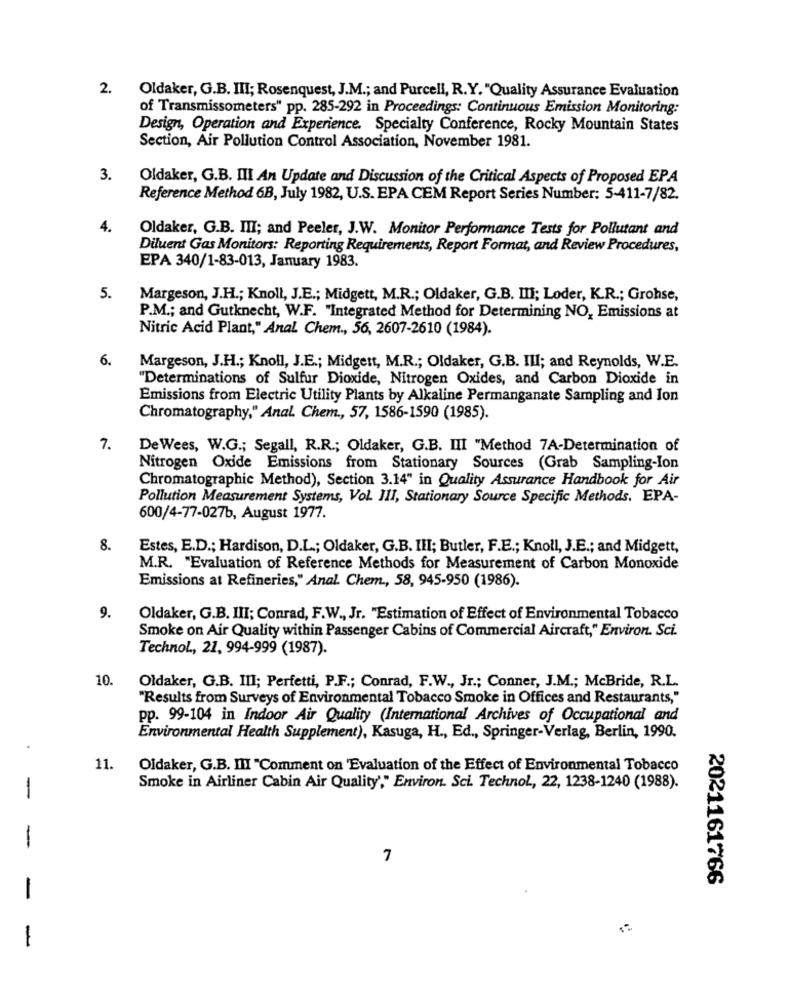
2.
Oldaker, G.B. III; Rosenquest, J.M .; and Purcell, R.Y. "Quality Assurance Evaluation
of Transmissometers" pp. 285-292 in Proceedings: Continuous Emission Monitoring:
Design, Operation and Experience. Specialty Conference, Rocky Mountain States
Section, Air Pollution Control Association, November 1981.
3.
Oldaker, G.B. III An Update and Discussion of the Critical Aspects of Proposed EPA
Reference Method 6B, July 1982, U.S. EPA CEM Report Series Number: 5-411-7/82.
4.
Oldaker, G.B. III; and Peeler, J.W. Monitor Performance Tests for Pollutant and
Diluent Gas Monitors: Reporting Requirements, Report Format, and Review Procedures,
EPA 340/1-83-013, January 1983.
5.
Margeson, J.H .; Knoll, J.E .; Midgett, M.R .; Oldaker, G.B. III; Loder, K.R .; Grohse,
P.M .; and Gutknecht, W.F. "Integrated Method for Determining NO, Emissions at
Nitric Acid Plant," Anal Chem ., 56, 2607-2610 (1984).
6.
Margeson, J.H .; Knoll, J.E .; Midgett, M.R .; Oldaker, G.B. Il; and Reynolds, W.E.
"Determinations of Sulfur Dioxide, Nitrogen Oxides, and Carbon Dioxide in
Emissions from Electric Utility Plants by Alkaline Permanganate Sampling and Ion
Chromatography," Anal. Chem ., 57, 1586-1590 (1985).
7.
De Wees, W.G .; Segall, R.R .; Oldaker, G.B. III "Method 7A-Determination of
Nitrogen Oxide Emissions from Stationary Sources (Grab Sampling-Ion
Chromatographic Method), Section 3.14" in Quality Assurance Handbook for Air
Pollution Measurement Systems, Vol. III, Stationary Source Specific Methods. EPA-
600/4-77-027b, August 1977.
8.
Estes, E.D .; Hardison, D.L .; Oldaker, G.B. III; Butler, F.E .; Knoll, J.E .; and Midgett,
M.R. "Evaluation of Reference Methods for Measurement of Carbon Monoxide
Emissions at Refineries," Anal. Chem ., 58, 945-950 (1986).
9.
Oldaker, G.B. III; Conrad, F.W ., Jr. "Estimation of Effect of Environmental Tobacco
Smoke on Air Quality within Passenger Cabins of Commercial Aircraft," Environ. Sci.
Technol ., 21, 994-999 (1987).
10.
Oldaker, G.B. III; Perfetti, P.F .; Conrad, F.W ., Jr .; Conner, J.M .; McBride, R.L.
"Results from Surveys of Environmental Tobacco Smoke in Offices and Restaurants,"
pp. 99-104 in Indoor Air Quality (International Archives of Occupational and
Environmental Health Supplement), Kasuga, H ., Ed ., Springer-Verlag, Berlin, 1990.
.
11.
Oldaker, G.B. III "Comment on 'Evaluation of the Effect of Environmental Tobacco
Smoke in Airliner Cabin Air Quality'," Environ. Sci. Technol ., 22, 1238-1240 (1988).
-
-
7
2021161766
-